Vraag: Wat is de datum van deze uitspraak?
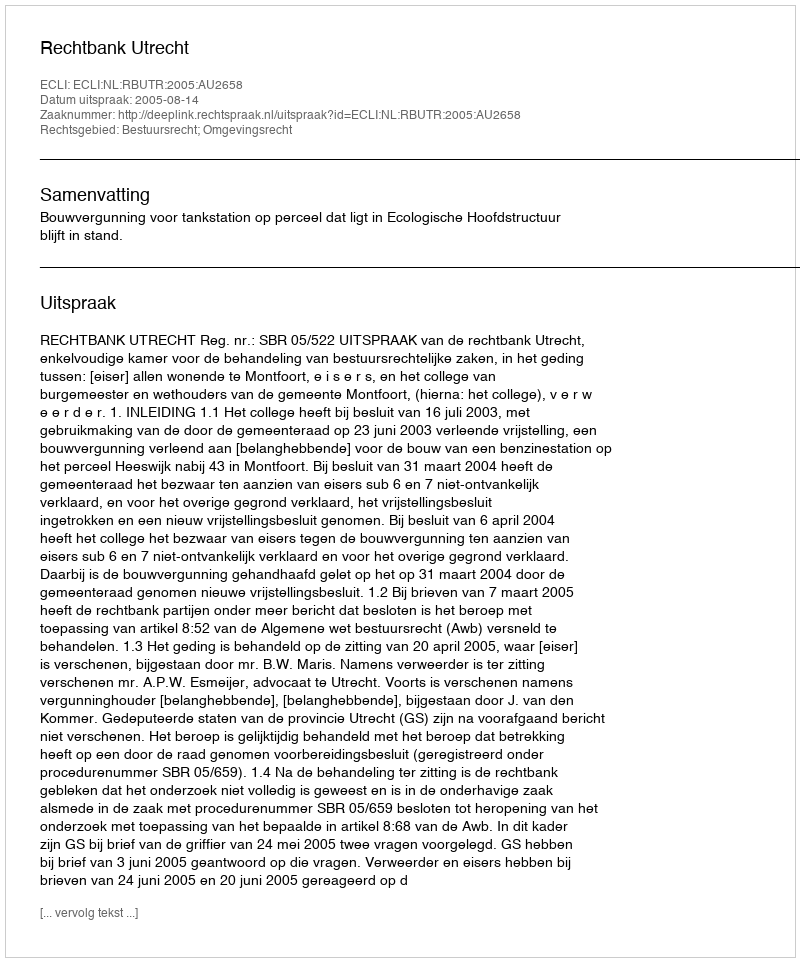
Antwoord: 2005-08-14